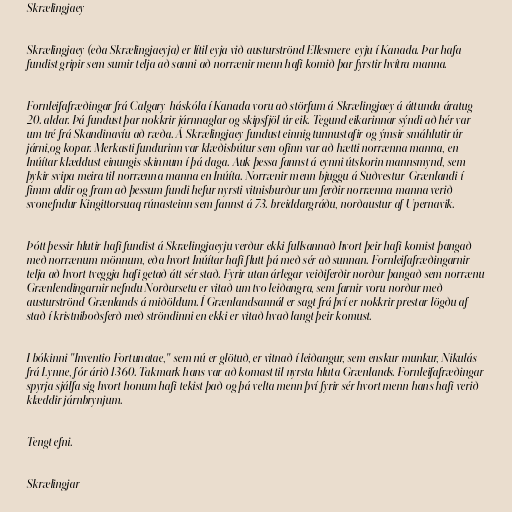
Skrælingjaey

Skrælingjaey (eða Skrælingjaeyja) er lítil eyja við austurströnd Ellesmere-eyju í Kanada. Þar hafa
fundist gripir sem sumir telja að sanni að norrænir menn hafi komið þar fyrstir hvítra manna.

Fornleifafræðingar frá Calgary-háskóla í Kanada voru að störfum á Skrælingjaey á áttunda áratug
20. aldar. Þá fundust þar nokkrir járnnaglar og skipsfjöl úr eik. Tegund eikarinnar sýndi að hér var
um tré frá Skandinavíu að ræða. Á Skrælingjaey fundust einnig tunnustafir og ýmsir smáhlutir úr
járni,og kopar. Merkasti fundurinn var klæðisbútur sem ofinn var að hætti norrænna manna, en
Inúítar klæddust einungis skinnum í þá daga. Auk þessa fannst á eynni útskorin mannsmynd, sem
þykir svipa meira til norrænna manna en Inúíta. Norrænir menn bjuggu á Suðvestur-Grænlandi í
fimm aldir og fram að þessum fundi hefur nyrsti vitnisburður um ferðir norrænna manna verið
svonefndur Kingittorsuaq rúnasteinn sem fannst á 73. breiddargráðu, norðaustur af Upernavik.

Þótt þessir hlutir hafi fundist á Skrælingjaeyju verður ekki fullsannað hvort þeir hafi komist þangað
með norrænum mönnum, eða hvort Inúítar hafi flutt þá með sér að sunnan. Fornleifafræðingarnir
telja að hvort tveggja hafi getað átt sér stað. Fyrir utan árlegar veiðiferðir norður þangað sem norrænu
Grænlendingarnir nefndu Norðursetu er vitað um tvo leiðangra, sem farnir voru norður með
austurströnd Grænlands á miðöldum. Í Grænlandsannál er sagt frá því er nokkrir prestar lögðu af
stað í kristniboðsferð með ströndinni en ekki er vitað hvað langt þeir komust.

I bókinni "Inventio Fortunatae," sem nú er glötuð, er vitnað í leiðangur, sem enskur munkur, Nikulás
frá Lynne, fór árið 1360. Takmark hans var að komast til nyrsta hluta Grænlands. Fornleifafræðingar
spyrja sjálfa sig hvort honum hafi tekist það og þá velta menn því fyrir sér hvort menn hans hafi verið
klæddir járnbrynjum.

Tengt efni.

Skrælingjar